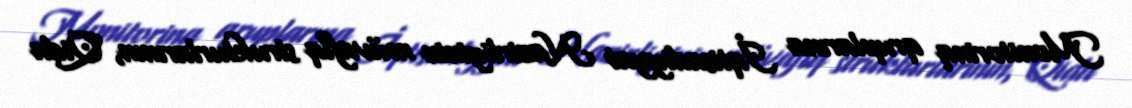
Monitorinq qruplarına İqtisadiyyat Nazirliyinin müvafiq strukturlarının, Qida